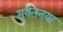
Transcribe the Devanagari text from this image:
सूर्यतनया